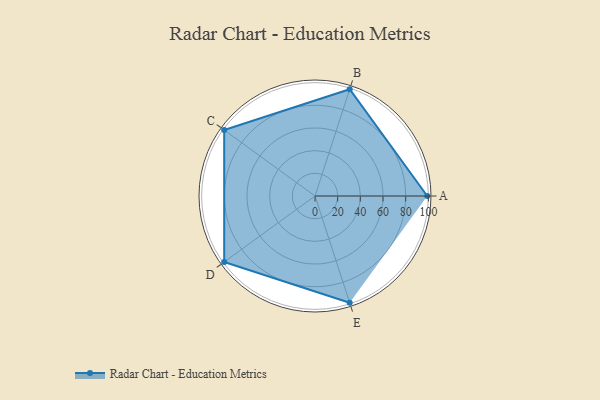
{"axis": {"x": "Skill", "y": "Score"}, "legend": ["Profile"], "data": [{"x": "A", "y": 99, "type": "Profile"}, {"x": "B", "y": 99, "type": "Profile"}, {"x": "C", "y": 99, "type": "Profile"}, {"x": "D", "y": 99, "type": "Profile"}, {"x": "E", "y": 99, "type": "Profile"}]}